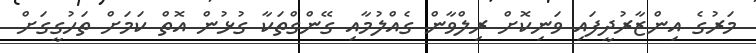
މަރުގެ އިންޒާރުދީފައި ވަނިކޮށް ރިލްވާން ގެއްލުމާއި ގޭންގްތަކާ ގުޅުން އޮތް ކަމަށް ތަހުގީގަށް